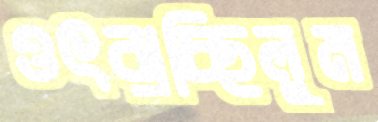
ওৎরাচ্ছিলুম